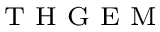
_ { \textrm { T H G E M } }